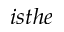
i s t h e